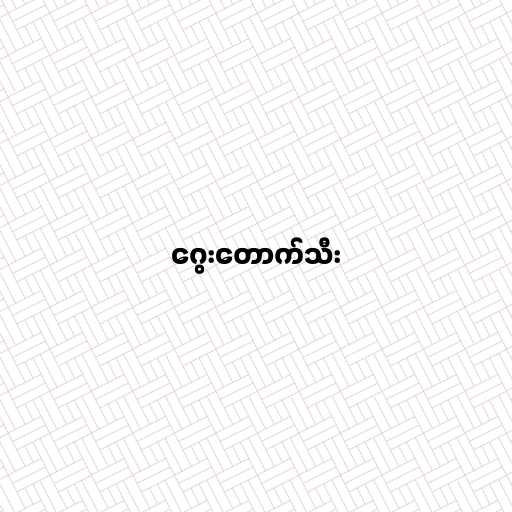
ဂွေးတောက်သီး